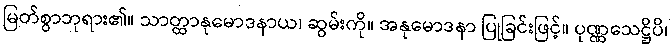
မြတ်စွာဘုရား၏။ သာတ္ထာနုမောဒနာယ၊ ဆွမ်းကို။ အနုမောဒနာ ပြုခြင်းဖြင့်။ ပုဏ္ဏသေဋ္ဌိပိ၊